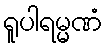
ရူပါရမ္မဏံ